Lock hospitals Punjab
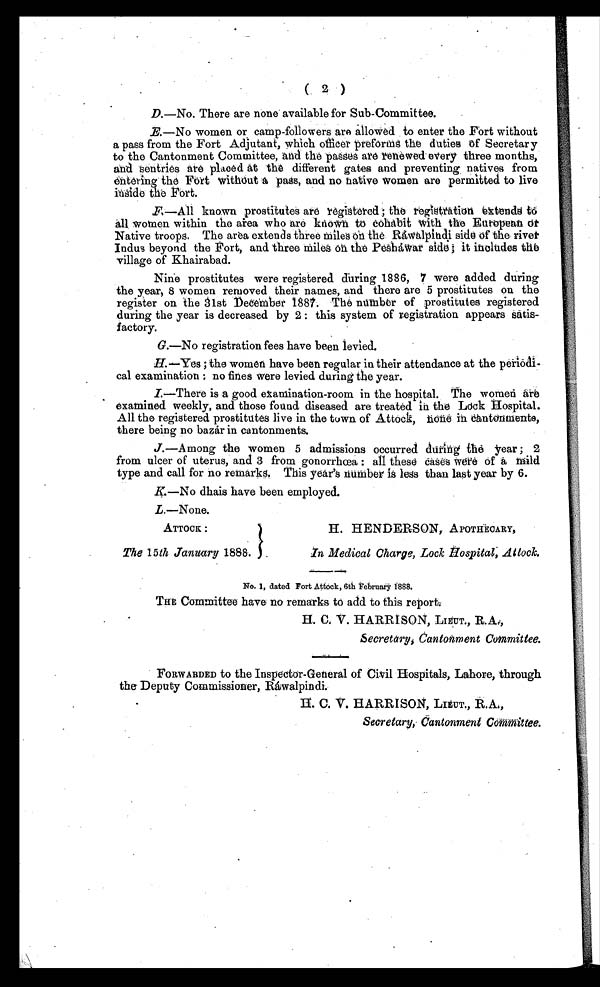
( 2 )
D.—No. There are none available for Sub-Committee.
E.—No women or camp-followers are allowed to enter the Fort without
a pass from the Fort Adjutant, which officer preforms the duties of Secretary
to the Cantonment Committee, and the passes are renewed every three months,
and sentries are placed at the different gates and preventing natives from
entering the Fort without a pass, and no native women are permitted to live
inside the Fort.
F—All known prostitutes are registered ; the registration extends to
all women within the area who are known to cohabit with the European of
Native troops. The area extends three miles on the. Ráwalpindi side of the rivet
Indus beyond the Port, and three miles on the Pesháwar side it includes the
village of Khairabad.
Nine prostitutes were registered during 1886, 7 were added during
the year, 8 women removed their names, and there are 5 prostitutes on the
register on the 31st December 1887. The number of prostitutes registered
during the year is decreased by 2 : this system of registration appears satis-
factory.
G.—No registration fees have been levied.
H.—Yes ; the women have been regular in their attendance at the peri
odical examination no fines were levied during the year.
I.—There is a good examination-room in the hospital. The women are
examined weekly, and those found diseased are treated in the Lock Hospital.
All the registered prostitutes live in the town of Attock, none in cantonment,
there being no bazar in cantonments.
J.—Among the women 5 admissions occurred during the year ; 2
from ulcer of uterus, and 3 from gonorrhœa : all these cases Were of a mild
type and call for no remarks. This year's number is less than last year by 6.
K.—No dhais have been employed.
L.—None.
ATTOCK :
The 15th January 1888.
H. HENDERSON, APOTHECARY,
I n Medical Charge, Lock Hospital, Attock.
No. 1, dated Fort Attock, 6th February 1888.
THE Committee have no remarks to add to this report
H. C. V. HARRISON, LIEUT., R.A.,
Secretary, Cantonment Committee.
FORWARDED to the Inspector-General of Civil Hospitals, Lahore, through
the Deputy Commissioner, Ráwalpindi.
H. C. V. HARRISON, LIEUT., R.A.,
Secretary,. Cantonment Committee.